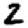
Digit: 2